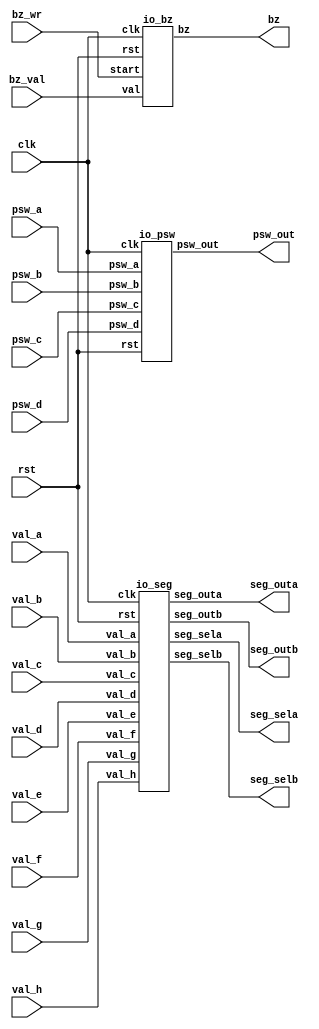
module io_control(
	clk, rst,
	bz_wr, bz_val, bz,
	psw_a, psw_b, psw_c, psw_d, psw_out,
	val_a, val_b, val_c, val_d,
	val_e, val_f, val_g, val_h,
	seg_outa, seg_outb, seg_sela, seg_selb );
	
	input  clk, rst;
	
	input  bz_wr;
	input  [ 7:0] bz_val;
	output bz;
	
	input  [ 4:0] psw_a, psw_b, psw_c, psw_d;
	output [19:0] psw_out;
	
	input  [ 3:0] val_a, val_b, val_c, val_d, val_e, val_f, val_g, val_h;
	output [ 7:0] seg_outa, seg_outb;
	output [ 3:0] seg_sela, seg_selb;
	
	io_bz io_bz(
	  .clk(clk), .rst(rst), .start(bz_wr), .val(bz_val), .bz(bz) );
	
	io_psw io_psw(
	  .clk(clk), .rst(rst), 
	  .psw_a(psw_a), .psw_b(psw_b), .psw_c(psw_c), .psw_d(psw_d), .psw_out(psw_out) );
	
	io_seg io_seg(
	  .clk(clk), .rst(rst), 
	  .val_a(val_a), .val_b(val_b), .val_c(val_c), .val_d(val_d),
	  .val_e(val_e), .val_f(val_f), .val_g(val_g), .val_h(val_h),
	  .seg_outa(seg_outa), .seg_outb(seg_outb), 
	  .seg_sela(seg_sela), .seg_selb(seg_selb) );
	
endmodule

/****************
  
 ****************/

module io_bz(
	clk, rst, 
	start, val, bz );
	
	input  clk;
	input  rst;
	input  start;
	input  [7:0] val;
	output bz;
	
	wire   enable, pitch;
	
	bz_time bt( .clk(clk), .rst(rst), .start(start), .val(val[7:4]), .enable(enable) );
	bz_pitch bp( .clk(clk), .rst(rst), .val(val[3:0]), .pitch(pitch) );
	
	assign bz = enable & pitch;
	
endmodule

/*
 * 
 *
 * 
 *
 */

module bz_pitch( 
	clk, rst, val, pitch );
	
	input  clk, rst;
	input  [3:0] val;
	output pitch;
	reg    pitch;
	reg    [15:0] cnt;
	reg    [15:0] cref;
	wire   max, zero;
	
	/*  */
	always@( posedge clk or negedge rst ) begin
		if( rst == 1'b0 ) begin	
			cref <= 16'hFFFF;
		end else begin
			case( val )                     /*        Hz */
				4'b0000: cref <= 16'hFFFF;  /* R    0.00 */
				4'b0001: cref <= 16'd38223; /* C  261.62 */
				4'b0010: cref <= 16'd34053; /* D  293.66 */
				4'b0011: cref <= 16'd30338; /* E  329.62 */
				4'b0100: cref <= 16'd28635; /* F  349.22 */
				4'b0101: cref <= 16'd25511; /* G  391.99 */
				4'b0110: cref <= 16'd22727; /* A  440.00 */
				4'b0111: cref <= 16'd20248; /* B  493.88 */
				4'b1000: cref <= 16'd19111; /* C  523.25 */
				4'b1001: cref <= 16'd17026; /* D  587.32 */
				4'b1010: cref <= 16'd15169; /* E  659.25 */
				4'b1011: cref <= 16'd14317; /* F  698.45 */
				4'b1100: cref <= 16'd12755; /* G  783.99 */
				4'b1101: cref <= 16'd11364; /* A  880.00 */
				4'b1110: cref <= 16'd10124; /* B  987.76 */
				4'b1111: cref <= 16'd09556; /* C 1046.50 */
				default: cref <= 16'hFFFF;
			endcase
		end
	end
	
	assign max = ( cnt == cref );
	assign zero = ( val == 4'h0 );
	
	always@( posedge clk or negedge rst ) begin
		if( rst == 1'b0 ) begin
			cnt <= 16'h0;
		end else if( zero == 1'b1 ) begin
			/* 0 */
			cnt <= 16'h0;
		end else if( max == 1'b1 ) begin
			/*  */
			cnt <= 16'h1;
		end else begin
			/*  */
			cnt <= cnt + 16'h1; 
		end
	end
	
	always@( posedge clk or negedge rst ) begin
		if( rst == 1'b0 ) begin
			pitch <= 1'b0;
		end else if( zero == 1'b1 ) begin
			/* 0 */
			pitch <= 1'b0;
		end else if( max == 1'b1 ) begin
			/*  */
			pitch <= ~pitch;
		end
	end
	
endmodule

/*
 * 
 *
 * 
 * 
 */

module bz_time(
	clk, rst, start, val, enable );
	
	input clk, rst;
	input start;
	input [3:0] val;
	output enable;
	reg    [ 1:0] dly;
	reg    [23:0] cnt;
	reg    [23:0] cref;
	wire   max;
	
	/*  */
	always@( posedge clk or negedge rst ) begin
		if( rst == 1'b0 ) begin
			cref <= 24'd0;
		end else begin
			case( val )                        /* sec */
				4'b0000: cref <= 24'd01000000; /* 0.1 */
				4'b0001: cref <= 24'd02000000; /* 0.2 */
				4'b0010: cref <= 24'd03000000; /* 0.3 */
				4'b0011: cref <= 24'd04000000; /* 0.4 */
				4'b0100: cref <= 24'd05000000; /* 0.5 */
				4'b0101: cref <= 24'd06000000; /* 0.6 */
				4'b0110: cref <= 24'd07000000; /* 0.7 */
				4'b0111: cref <= 24'd08000000; /* 0.8 */
				4'b1000: cref <= 24'd09000000; /* 0.9 */
				4'b1001: cref <= 24'd10000000; /* 1.0 */
				4'b1010: cref <= 24'd11000000; /* 1.1 */
				4'b1011: cref <= 24'd12000000; /* 1.2 */
				4'b1100: cref <= 24'd13000000; /* 1.3 */
				4'b1101: cref <= 24'd14000000; /* 1.4 */
				4'b1110: cref <= 24'd15000000; /* 1.5 */
				4'b1111: cref <= 24'd16000000; /* 1.6 */
				default: cref <= 24'd0;
			endcase
		end
	end
	
	always@( posedge clk or negedge rst ) begin
		if( rst == 1'b0 ) begin
			dly <= 2'b00;
		end else begin
			/*  */
			dly <= { dly[0], start };
		end
	end
	
	assign max = ( cnt == cref );
	assign enable = ( cnt != 24'h0 );
	
	always@( posedge clk or negedge rst ) begin
		if( rst == 1'b0 ) begin
			cnt <= 24'd0;
		end else if( dly == 2'b10 ) begin
			/*  */
			cnt <= 24'd1;
		end else if( max == 1'b1 ) begin
			/*  */
			cnt <= 24'd0;
		end else begin
			/*  */
			cnt <= cnt + enable;
		end
	end
	
endmodule

/**************************
  
 **************************/

module io_psw(
	clk, rst, 
	psw_a, psw_b, psw_c, psw_d, psw_out );
	
	input  clk, rst;
	input  [4:0] psw_a, psw_b, psw_c, psw_d;
	output [19:0] psw_out;
	
	wire ld;
	
	psw_pulse pp( .clk(clk), .rst(rst), .co(ld) );
	
	psw_detecter p00( .clk(clk), .rst(rst), .ld(ld), .psw_in(psw_a[0]), .psw_out(psw_out[0]) );
	psw_detecter p01( .clk(clk), .rst(rst), .ld(ld), .psw_in(psw_a[1]), .psw_out(psw_out[1]) );
	psw_detecter p02( .clk(clk), .rst(rst), .ld(ld), .psw_in(psw_a[2]), .psw_out(psw_out[2]) );
	psw_detecter p03( .clk(clk), .rst(rst), .ld(ld), .psw_in(psw_a[3]), .psw_out(psw_out[3]) );
	psw_detecter p04( .clk(clk), .rst(rst), .ld(ld), .psw_in(psw_a[4]), .psw_out(psw_out[4]) );
	psw_detecter p05( .clk(clk), .rst(rst), .ld(ld), .psw_in(psw_b[0]), .psw_out(psw_out[5]) );
	psw_detecter p06( .clk(clk), .rst(rst), .ld(ld), .psw_in(psw_b[1]), .psw_out(psw_out[6]) );
	psw_detecter p07( .clk(clk), .rst(rst), .ld(ld), .psw_in(psw_b[2]), .psw_out(psw_out[7]) );
	psw_detecter p08( .clk(clk), .rst(rst), .ld(ld), .psw_in(psw_b[3]), .psw_out(psw_out[8]) );
	psw_detecter p09( .clk(clk), .rst(rst), .ld(ld), .psw_in(psw_b[4]), .psw_out(psw_out[9]) );
	psw_detecter p10( .clk(clk), .rst(rst), .ld(ld), .psw_in(psw_c[0]), .psw_out(psw_out[10]) );
	psw_detecter p11( .clk(clk), .rst(rst), .ld(ld), .psw_in(psw_c[1]), .psw_out(psw_out[11]) );
	psw_detecter p12( .clk(clk), .rst(rst), .ld(ld), .psw_in(psw_c[2]), .psw_out(psw_out[12]) );
	psw_detecter p13( .clk(clk), .rst(rst), .ld(ld), .psw_in(psw_c[3]), .psw_out(psw_out[13]) );
	psw_detecter p14( .clk(clk), .rst(rst), .ld(ld), .psw_in(psw_c[4]), .psw_out(psw_out[14]) );
	psw_detecter p15( .clk(clk), .rst(rst), .ld(ld), .psw_in(psw_d[0]), .psw_out(psw_out[15]) );
	psw_detecter p16( .clk(clk), .rst(rst), .ld(ld), .psw_in(psw_d[1]), .psw_out(psw_out[16]) );
	psw_detecter p17( .clk(clk), .rst(rst), .ld(ld), .psw_in(psw_d[2]), .psw_out(psw_out[17]) );
	psw_detecter p18( .clk(clk), .rst(rst), .ld(ld), .psw_in(psw_d[3]), .psw_out(psw_out[18]) );
	psw_detecter p19( .clk(clk), .rst(rst), .ld(ld), .psw_in(psw_d[4]), .psw_out(psw_out[19]) );
	
endmodule

/*
 * 
 *
 * 5ms
 *
 */

module psw_pulse(
	clk, rst, co );
	
	input  clk, rst;
	output co;
	reg    [16:0] cnt;
	
	assign co = ( cnt == 17'd100000 );
	
	always@( posedge clk or negedge rst ) begin
		if( rst == 1'b0 ) begin
			cnt <= 17'h0;
		end else if( co == 1'b1 ) begin
			/*  */
			cnt <= 17'h1;
		end else begin
			/*  */
			cnt <= cnt + 17'h1; 
		end
	end
	
endmodule

/*
 * 
 *
 * 
 * 1
 *
 */

module psw_detecter(
	clk, rst, ld, psw_in, psw_out );
	
	input  clk, rst;
	input  ld;
	input  psw_in;
	output psw_out;
	
	reg    [1:0] dly;
	reg    [2:0] cnt;
	
	always@( posedge clk or negedge rst ) begin
		if( rst == 1'b0 ) begin
			dly <= 2'b11;
		end else if( ld == 1'b1 ) begin
			/*  */
			dly <= { dly[0], psw_in };
		end
	end
	
	assign psw_out = &cnt;
	
	always@( posedge clk or negedge rst ) begin
		if( rst == 1'b0 ) begin
			cnt <= 3'h0;
		end else if( dly[0] == 1'b1 ) begin /* 01 or 11 */
			/*  */
			cnt <= 3'h0;
		end else if( dly[1] == 1'b1 ) begin /* 10 */
			/*  */
			cnt <= 3'h1;
		end else if( psw_out == 1'b1 ) begin
			/*  */
			cnt <= 3'h0;
		end else if( cnt != 3'h0 ) begin
			/*  */
			cnt <= cnt + 3'h1;
		end
	end
	
endmodule

/************************
  7LED
 ************************/

module io_seg(
	clk, rst,
	val_a, val_b, val_c, val_d, val_e, val_f, val_g, val_h,
	seg_outa, seg_outb, seg_sela, seg_selb );
	
	input  clk;
	input  rst;
	input  [3:0] val_a, val_b, val_c, val_d, val_e, val_f, val_g, val_h;
	output [7:0] seg_outa, seg_outb;
	output [3:0] seg_sela, seg_selb;
	
	wire   [7:0] seg_a, seg_b, seg_c, seg_d, seg_e, seg_f, seg_g, seg_h;
	wire   [3:0] sel;
	
	seg_selecter ss( .clk(clk), .rst(rst), .sel(sel) );
	
	seg_decoder sd1( .clk(clk), .rst(rst), .val(val_a), .seg(seg_a) );
	seg_decoder sd2( .clk(clk), .rst(rst), .val(val_b), .seg(seg_b) );
	seg_decoder sd3( .clk(clk), .rst(rst), .val(val_c), .seg(seg_c) );
	seg_decoder sd4( .clk(clk), .rst(rst), .val(val_d), .seg(seg_d) );
	seg_decoder sd5( .clk(clk), .rst(rst), .val(val_e), .seg(seg_e) );
	seg_decoder sd6( .clk(clk), .rst(rst), .val(val_f), .seg(seg_f) );
	seg_decoder sd7( .clk(clk), .rst(rst), .val(val_g), .seg(seg_g) );
	seg_decoder sd8( .clk(clk), .rst(rst), .val(val_h), .seg(seg_h) );
	
	seg_register sr_a( .clk(clk), .rst(rst), .sel(sel), 
	            .seg_in({seg_a, seg_b, seg_c, seg_d}), 
	            .seg_out(seg_outa) );
	seg_register sr_b( .clk(clk), .rst(rst), .sel(sel), 
	            .seg_in({seg_e, seg_f, seg_g, seg_h}), 
	            .seg_out(seg_outb) );
	
	assign seg_sela = sel;
	assign seg_selb = sel;
	
endmodule

/*
 * 7LED
 *
 * 7LED
 *
 */

module seg_selecter(
	clk, rst, sel );
	
	input  clk, rst;
	output [ 3:0] sel;
	
	reg    [ 3:0] sel;
	reg    [13:0] cnt;
	wire   max;
	
	assign max = ( cnt == 14'h3000 );
	
	always@( posedge clk or negedge rst ) begin
		if( rst == 1'b0 ) begin
			cnt <= 14'h1;
		end else if( cnt == max ) begin
			/*  */
			cnt <= 14'h1;
		end else begin
			/*  */
			cnt <= cnt + 14'h1;
		end
	end
	
	always@( posedge clk or negedge rst ) begin
		if( rst == 1'b0 ) begin
			sel <= 4'b1110;
		end else if( max == 1'b1 ) begin
			/*  */
			sel <= { sel[2:0], sel[3] };
		end
	end
	
endmodule

/*
 * 7LED
 *
 * 7LED
 *
 */

module seg_decoder(
	clk, rst, val, seg );
	
	input  clk, rst;
	input  [3:0] val;
	output [7:0] seg;
	
	reg    [7:0] seg;
	
	always@( posedge clk or negedge rst ) begin
		if( rst == 1'b0 ) begin
			seg <= 8'h0;
		end else begin
			case( val )
				4'h0: seg <= 8'b11111100;
				4'h1: seg <= 8'b01100000;
				4'h2: seg <= 8'b11011010;
				4'h3: seg <= 8'b11110010;
				4'h4: seg <= 8'b01100110;
				4'h5: seg <= 8'b10110110;
				4'h6: seg <= 8'b10111110;
				4'h7: seg <= 8'b11100000;
				4'h8: seg <= 8'b11111110;
				4'h9: seg <= 8'b11110110;
				4'hA: seg <= 8'b11101110;
				4'hB: seg <= 8'b00111110;
				4'hC: seg <= 8'b00011010;
				4'hD: seg <= 8'b01111010;
				4'hE: seg <= 8'b10011110;
				4'hF: seg <= 8'b10001110;
				default: seg <= 8'bxxxxxxxx;
			endcase
		end
	end
	
endmodule

/*
 * 7LED
 *
 * 7LED
 *
 */

module seg_register(
	clk, rst, sel, seg_in, seg_out );
	
	input  clk, rst;
	input  [31:0] seg_in;
	input  [ 3:0] sel;
	output [ 7:0] seg_out;
	
	reg    [ 7:0] seg_out;
	
	always@( posedge clk or negedge rst ) begin
		if( rst == 1'b0 ) begin
			seg_out <= 8'h0;
		end else begin
			case( sel )
				4'b1110: seg_out <= seg_in[31:24];
				4'b1101: seg_out <= seg_in[23:16];
				4'b1011: seg_out <= seg_in[15: 8];
				4'b0111: seg_out <= seg_in[ 7: 0];
				default: seg_out <= 8'hxx;
			endcase
		end
	end
	
endmodule